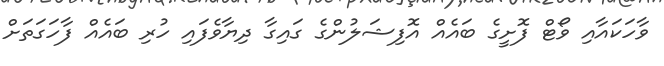
ވާހަކައާއި ވޯޓް ފޮށީގެ ބައެއް އޮފިޝަލުންގެ ގައިގާ ދިޔާވެފައި ހުރި ބައެއް ފާހަގަތަށް